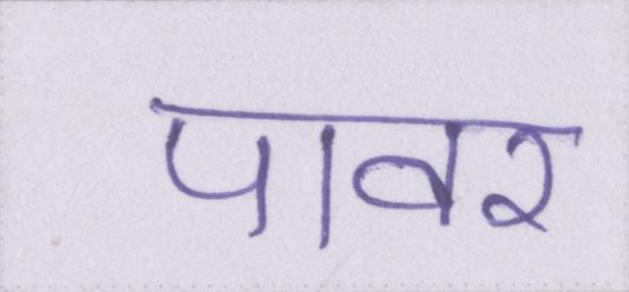
पावर